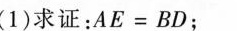
(1)求证：$$A E = B D$$；